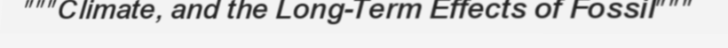
"""Climate, and the Long-Term Effects of Fossil"""